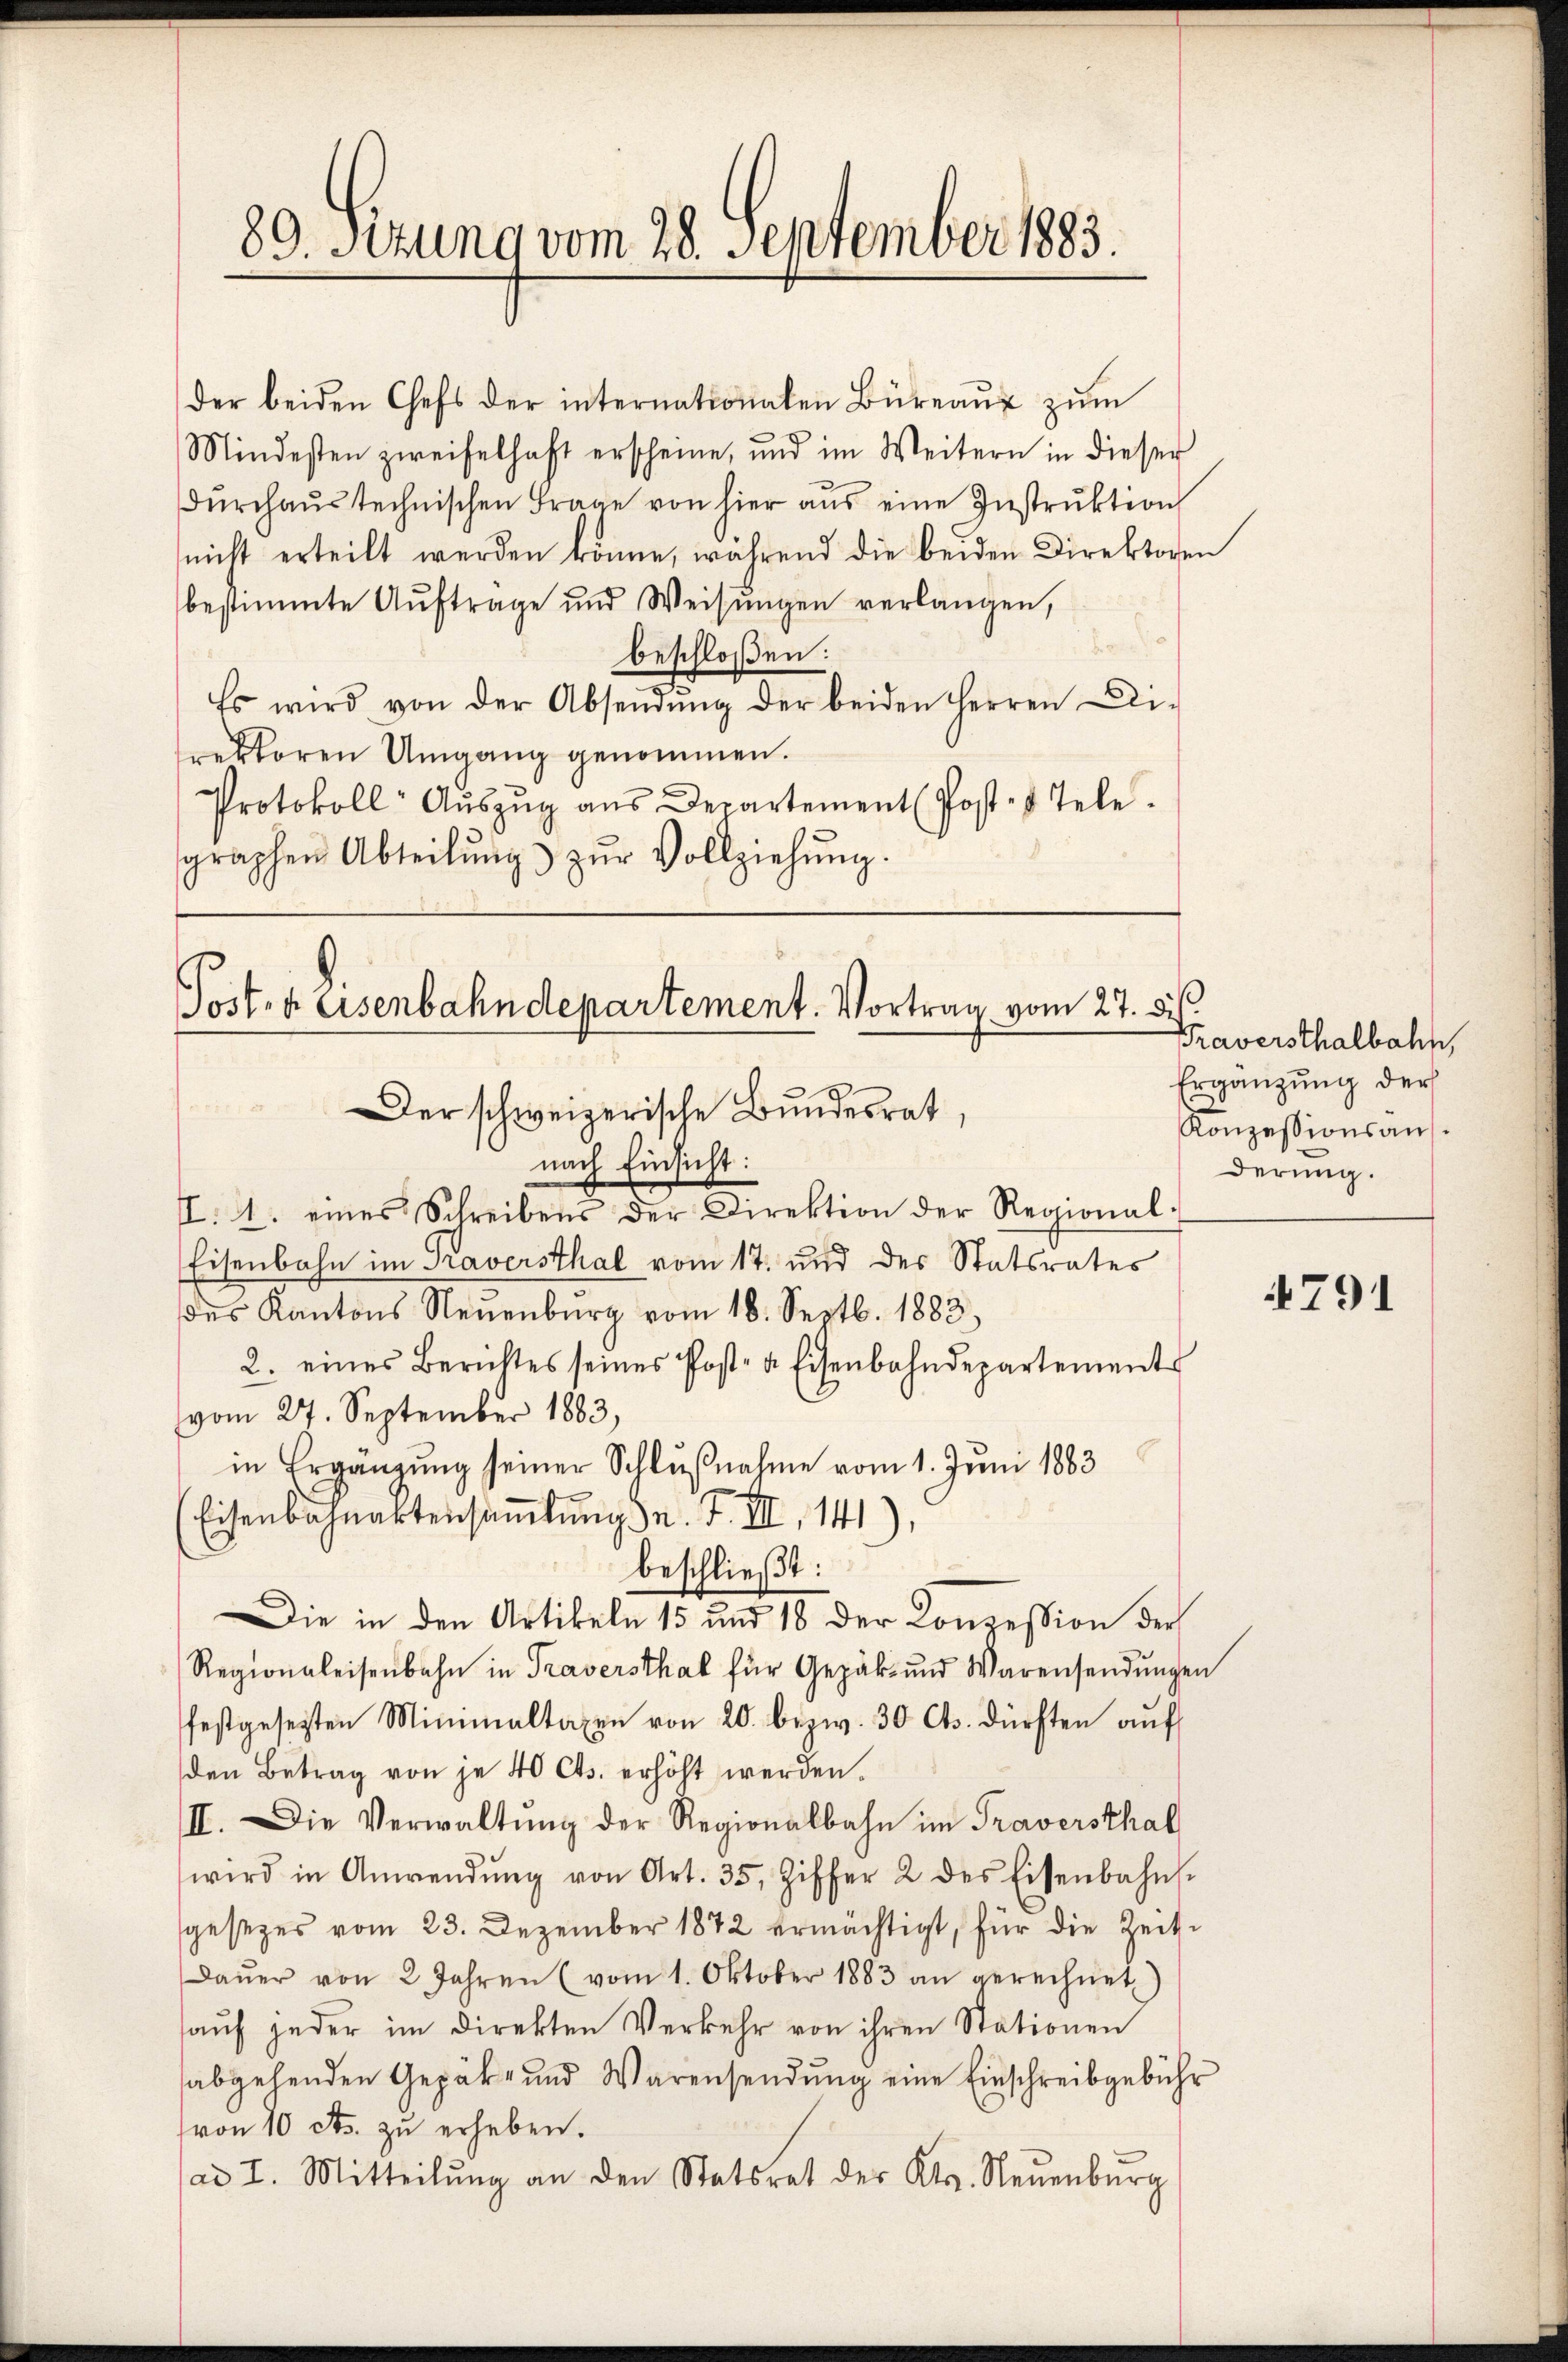
89. Sizung vom 28. September 1883.

der beiden Chefs der internationalen Büreaŭ zŭm
Mindesten zweifelhaft erscheine, und im Weitern in dieser
Dŭrchaŭstechnischen Frage von hier aus eine Instruktion
nicht erteilt werden könne, während die beiden Direktoren
bestimmte Auftrage und Weisŭngen verlangen,
beschloßen:
.
Es wird von der Absendŭng der beiden Herren Di-
rektoren Umgang genommen.
Protokoll Aŭszŭg aŭs Departement Post- & Tele.
sgraphen Abteilŭng zŭr Vollziehŭng.

Posten Eisenbahndepartement. Vortrag vom 27. d.
Der schweizerische Bundesrat,
nach Einsicht:

I. 4. eines Schreibens der Direktion der Regional-
Eisenbahn im Traversthal vom 17. und des Statsrates
des Kantons Neuenburg vom 18. Septb. 1883,
2. eines Berichtes seines Post- u. Eisenbahndepartement
vom 27. September 1883,
in Ergänzŭng seiner Schlŭβnahme vom 1. Juni 1883
Eisenbahnaktensamlung n. F. III 141),
beschließt:
Die in den Artikeln 15 und 18 der Conzession der
Regionaleisenbahn in Traversthal für Gepäk- und Warensendŭngen
festgesetzten Minimaltaxen von 20. bezw. 30 Cts. dürften aŭf
den Betrag von je 40 Cts. erhöht werden.
II. Die Verwaltŭng der Regionalbahn im Traversthal
wird in Anwendŭng von Art. 35, Ziffer 2 des Eisenbahn.
gesezes vom 23. Dezember 1872 ermächtigt, für die Zeit¬
Daŭer von 2 Jahren (vom 1. Oktober 1883 an gerechnet)
auf jeder im Direkten Verkehr von ihren Stationen
abgehenden Gepäk- und Warensendung eine Einschreibgebühr
(von 10 cts. zu erheben.
ad I. Mitteilŭng an den Statsrat des Kts. Neuenburg

Traversthalbahn,
Ergänzung der
Konzessionsans
derung.

4791